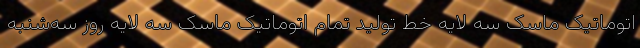
اتوماتیک ماسک سه لایه خط تولید تمام اتوماتیک ماسک سه لایه روز سه‌شنبه